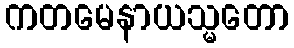
ကတမေနာယသ္မတော